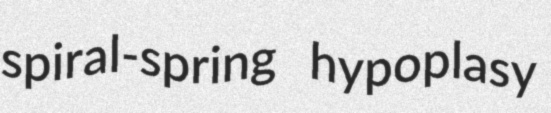
spiral-spring hypoplasy